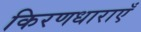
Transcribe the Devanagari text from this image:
किरणधाराएँ